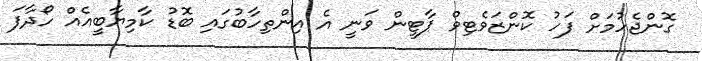
ގޮންޖެހުމަށް ފަހު ކޮންޒަވެޓިވް ޕާޓީން ވަނީ އެ އިންތިހާބުގައި ބޮޑު ކާމިޔާބީއެއް ހޯދާފަ